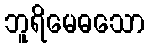
ဘူရိမေဓသော